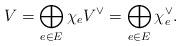
LaTeX: \begin{align*}V=\bigoplus_{e\in E} \chi_{e} V^{\vee}=\bigoplus_{e\in E}\chi^{\vee}_{e}.\end{align*}